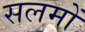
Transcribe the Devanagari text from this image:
सलमों